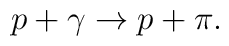
p + \gamma \rightarrow p + \pi.